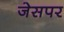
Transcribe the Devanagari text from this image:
जेसपर